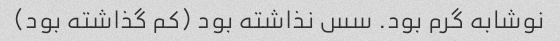
نوشابه گرم بود. سس نذاشته بود (کم گذاشته بود)